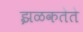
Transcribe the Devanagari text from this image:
झळकतेते